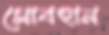
সোবহান